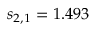
s _ { 2 , 1 } = 1 . 4 9 3